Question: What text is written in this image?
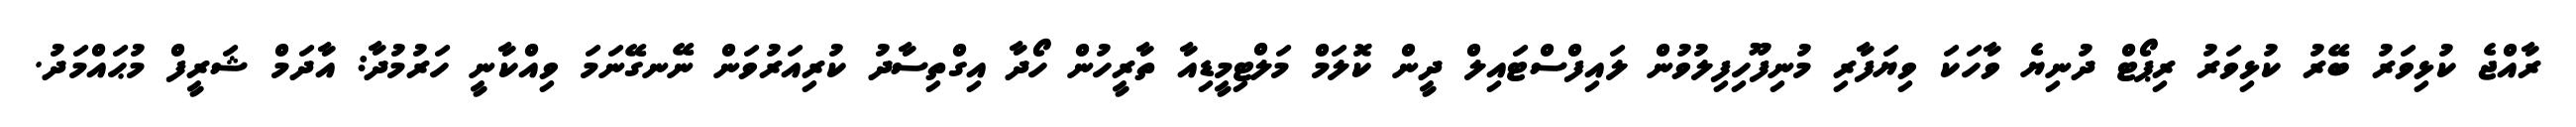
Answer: ރާއްޖެ ކުޅިވަރު ބޭރު ކުޅިވަރު ރިޕޯޓް ދުނިޔެ ވާހަކަ ވިޔަފާރި މުނިފޫހިފިލުވުން ލައިފްސްޓައިލް ދީން ކޮލަމް މަލްޓިމީޑިއާ ތާރީހުން ހޯދާ އިގްތިސާދު ކުރިއަރުވަން ނޭނގޭނަމަ ވިއްކާނީ ހަރުމުދާ: އާދަމް ޝަރީފް މުޙައްމަދު.